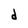
Character: d